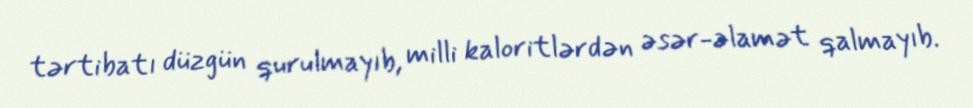
tərtibatı düzgün qurulmayıb, milli kaloritlərdən əsər-əlamət qalmayıb.